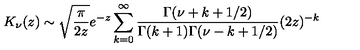
K _ { \nu } ( z ) \sim \sqrt { \frac { \pi } { 2 z } } e ^ { - z } \sum _ { k = 0 } ^ { \infty } \frac { \Gamma ( \nu + k + 1 / 2 ) } { \Gamma ( k + 1 ) \Gamma ( \nu - k + 1 / 2 ) } ( 2 z ) ^ { - k } \nonumber